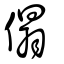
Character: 傝